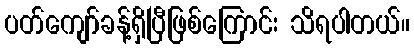
ပတ်ကျော်ခန့်ရှိပြီဖြစ်ကြောင်း သိရပါတယ်။